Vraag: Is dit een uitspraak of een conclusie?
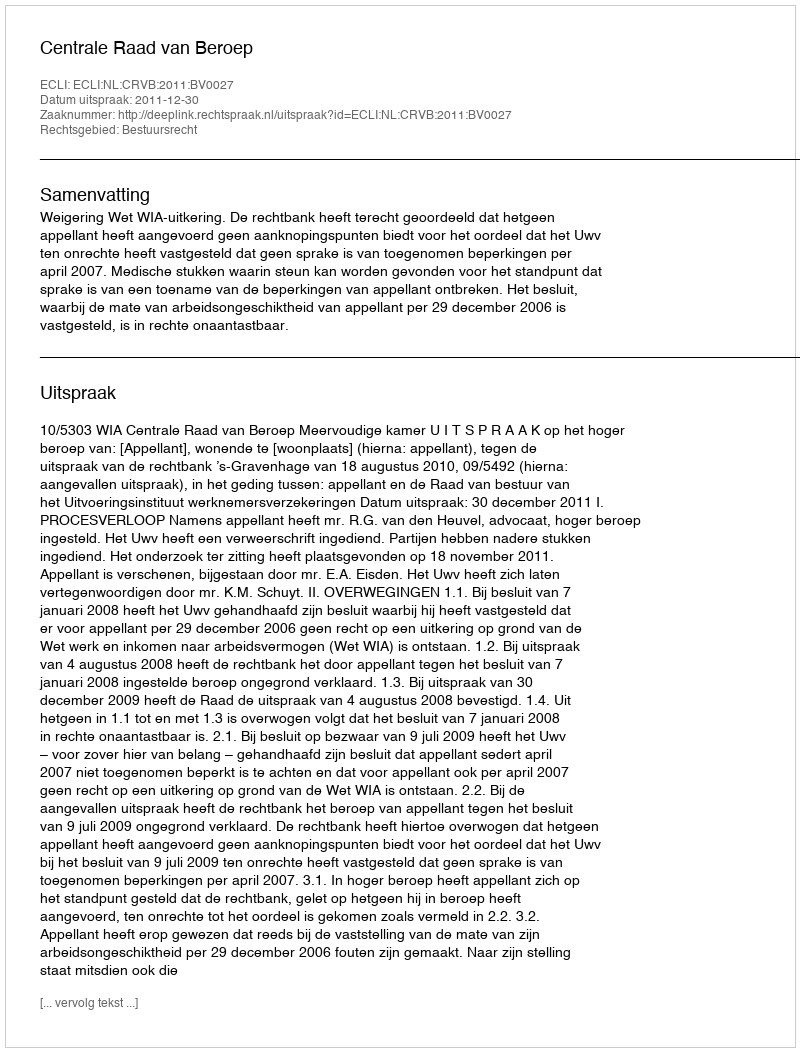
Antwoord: Uitspraak